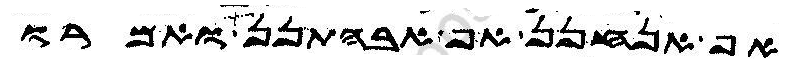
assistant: אף אנחנן אף אבהתנן ואמרו